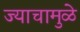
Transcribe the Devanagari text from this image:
ज्याचामुळे